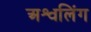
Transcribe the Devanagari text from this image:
अश्वलिंग